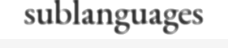
sublanguages